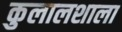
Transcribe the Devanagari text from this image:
कुलालशाला